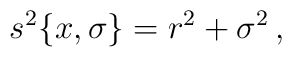
s^2\{x,\sigma\}=r^2+\sigma^2\, ,